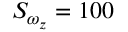
S _ { \omega _ { z } } = 1 0 0 \